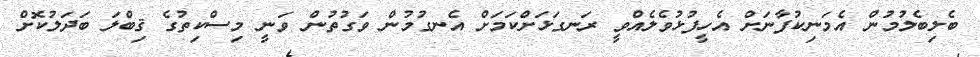
ބެލިބެލުމުން އެމަނިކުފާނަށް އެހީފުޅުވެލެއްވީ ރަނގަޅަށްކަމަށް އެނގުމުން ވަގުތުން ވަނީ މިސްކިތުގެ ޤިބްލަ ބަދަލުކޮށް